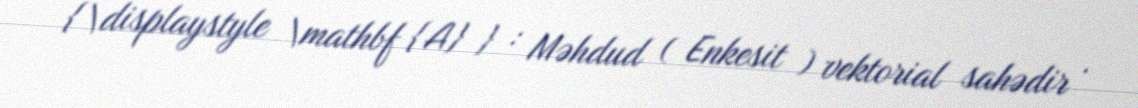
{\displaystyle \mathbf {A} } : Məhdud ( Enkesit ) vektorial sahədir .